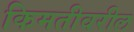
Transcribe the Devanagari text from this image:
किमतीवरील